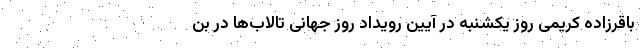
باقرزاده کریمی روز یکشنبه در آیین رویداد روز جهانی تالاب‌ها در بن